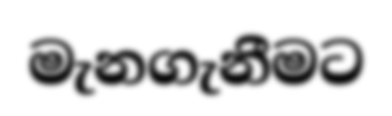
මැනගැනීමට